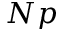
N p